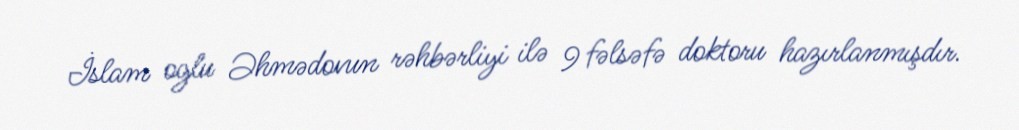
İslam oglu Əhmədovun rəhbərliyi ilə 9 fəlsəfə doktoru hazırlanmışdır.